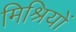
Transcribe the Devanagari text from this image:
मिश्रियों